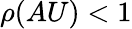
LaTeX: \rho(AU)<1